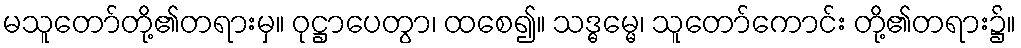
မသူတော်တို့၏တရားမှ။ ဝုဋ္ဌာပေတွာ၊ ထစေ၍။ သဒ္ဓမ္မေ၊ သူတော်ကောင်း တို့၏တရား၌။